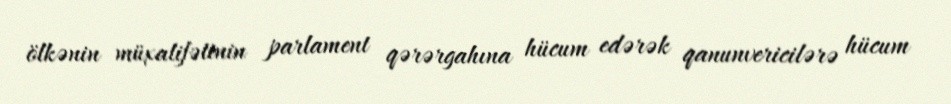
ölkənin müxalifətinin parlament qərərgahına hücum edərək qanunvericilərə hücum